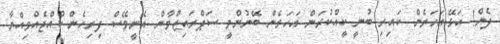
ދެން! އަޅޭ.އަހަރެން ކައިރި ބުނީ ކީއްކުރަން އަހަރެން ބޭނުންވީ ސަޕްރައިޒްވާން..އެނީވޭސް ފިރިހެން ކުއްޖެއްވިއްޔާ